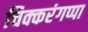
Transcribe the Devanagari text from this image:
चिक्करंगप्पा